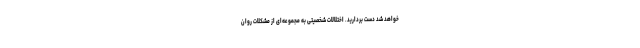
خواهد شد دست بردارید. اختلالات شخصیتی به مجموعه‌ای از مشکلات روان